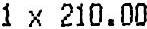
1 X 210.00